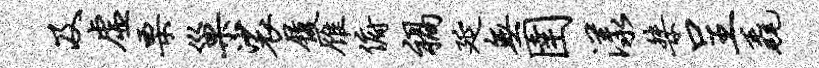
及虚栗巢裟履雁俯祸延无圉漾桀呈毳